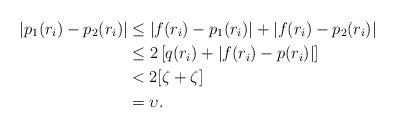
LaTeX: \begin{align*} |p_1(r_i)-p_2(r_i)|&\leq |f(r_i)-p_1(r_i)|+|f(r_i)-p_2(r_i)|\\&\leq 2\left[q(r_i)+|f(r_i)-p(r_i)|\right]\\&< 2[\zeta+\zeta]\\&=\upsilon.\end{align*}